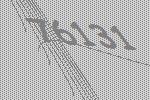
76131